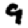
Digit: 9